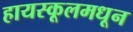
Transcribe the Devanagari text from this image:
हायस्‍कूलमधून